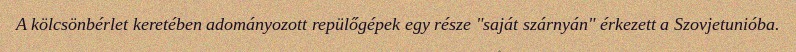
A kölcsönbérlet keretében adományozott repülőgépek egy része "saját szárnyán" érkezett a Szovjetunióba.